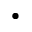
\bullet